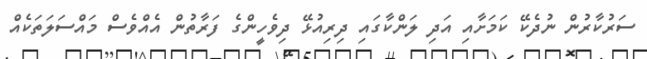
ސަރުކާރުން ނުދެކޭ ކަމަށާއި އަދި ލަންކާގައި ދިރިއުޅޭ ދިވެހީންގެ ފަރާތުން އެއްވެސް މައްސަލަތަކެއް